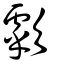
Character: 歑